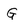
Character: G